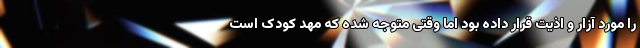
را مورد آزار و اذیت قرار داده بود اما وقتی متوجه شده که مهد کودک است